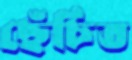
ছেঁচিত